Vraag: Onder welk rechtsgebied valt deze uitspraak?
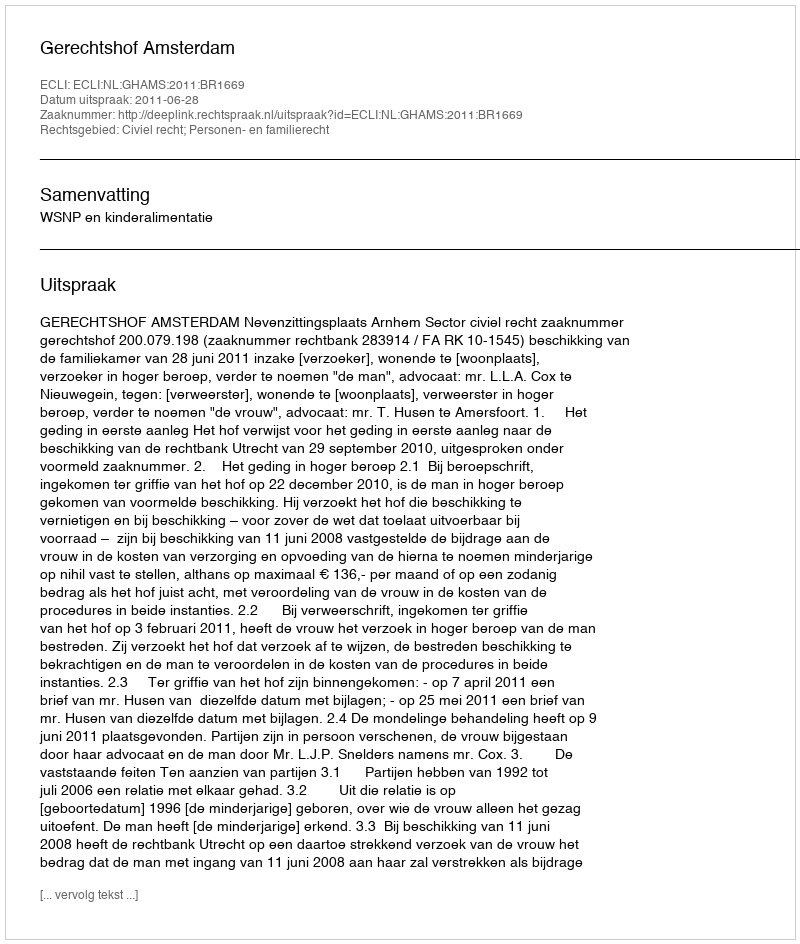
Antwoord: Civiel recht; Personen- en familierecht